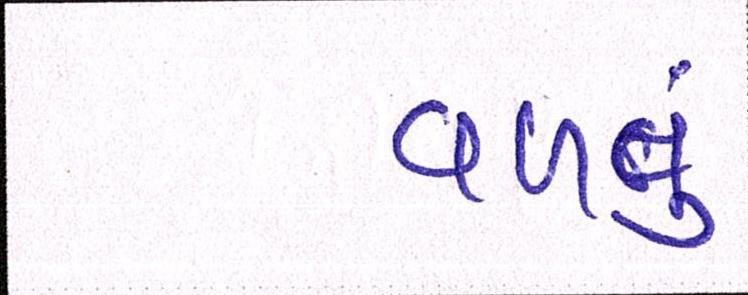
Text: વળવું